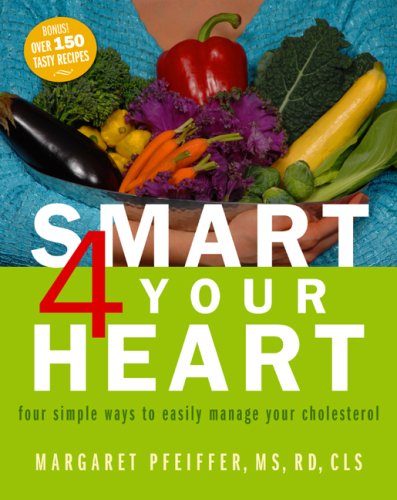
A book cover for Smart 4 Your Heart four simple ways to easily manage your cholesterol; Margaret Pfeiffer; Cookbooks, Food & Wine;